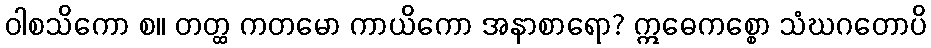
ဝါစသိကော စ။ တတ္ထ ကတမော ကာယိကော အနာစာရော? ဣဓေကစ္စော သံဃဂတောပိ